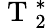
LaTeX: \mathrm{~T~}_{2}^{*}